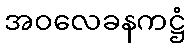
အဝလေခနကဋ္ဌံ